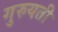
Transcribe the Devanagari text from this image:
गुरुयती